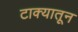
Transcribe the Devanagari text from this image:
टाक्यातून